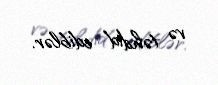
və təhdid ediblər.